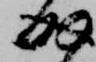
成